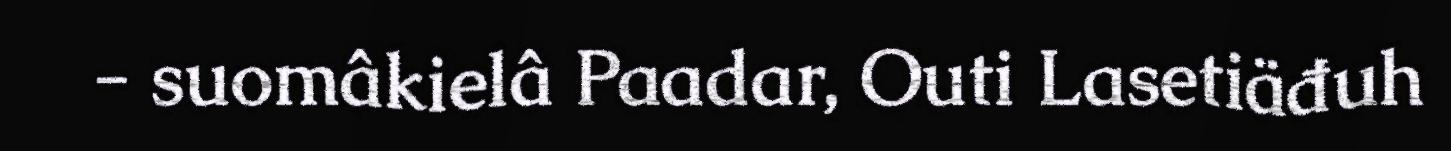
- suomâkielâ Paadar, Outi Lasetiäđuh